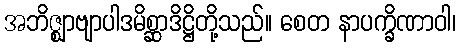
အဘိဇ္ဈာဗျာပါဒမိစ္ဆာဒိဋ္ဌိတို့သည်။ စေတ နာပက္ခိဏာဝါ၊